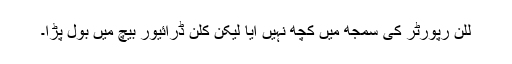
للن رپورٹر کی سمجھ میں کچھ نہیں آیا لیکن کلن ڈرائیور بیچ میں بول پڑا۔